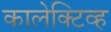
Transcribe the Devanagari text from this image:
कालेक्टिव्ह